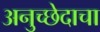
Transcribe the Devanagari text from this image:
अनुच्छेदाचा